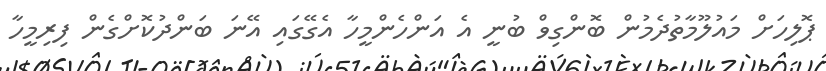
ޕޮލިހަށް މައުލޫމާތުދެމުން ބޮންގިވް ބުނީ އެ އަންހެންމީހާ އެގޭގައި އޭނަ ބަންދުކޮށްގެން ފިރިމީހާ